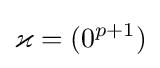
\varkappa =(0^{p+1})